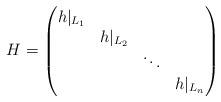
LaTeX: \begin{align*}H=\begin{pmatrix}h|_{L_1}&&&\\&h|_{L_2}&&\\&&\ddots&\\&&&h|_{L_n}\end{pmatrix}\end{align*}